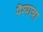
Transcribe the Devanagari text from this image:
पैश्याचा